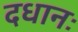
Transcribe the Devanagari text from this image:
दधानः